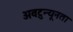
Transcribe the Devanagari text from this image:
अवटुन्यूनता